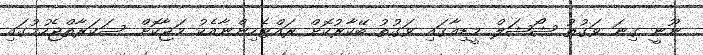
ނޫނީ ގިނަ ވަގުތު ޝޯޝަލް މީޑިއާގައި ވަގުތު ބޭކާރުކޮށް ރައްޓެހިންނާއެކު މަޖާކޮށް ސަކަރާތްޖެހުމުގައި